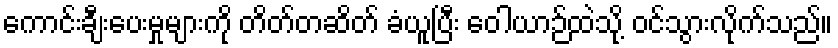
ကောင်းချီးပေးမှုများကို တိတ်တဆိတ် ခံယူပြီး ဝေါယာဉ်ထဲသို့ ဝင်သွားလိုက်သည်။